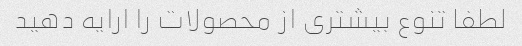
لطفا تنوع بیشتری از محصولات را ارایه دهید